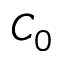
C _ { 0 }